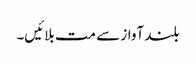
بلند آواز سے مت بلائیں۔